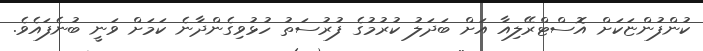
ކުންފުންޏަކަށް އޮސްޓްރޭލިއާ އަށް ބަދަލު ކުރުމުގެ ފުރުސަތު ހުޅުވިގެންދާނެ ކަމަށް ވަނީ ބުނެފައެވެ.